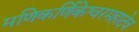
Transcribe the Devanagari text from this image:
मणिकर्णिकेश्वरमहादेव